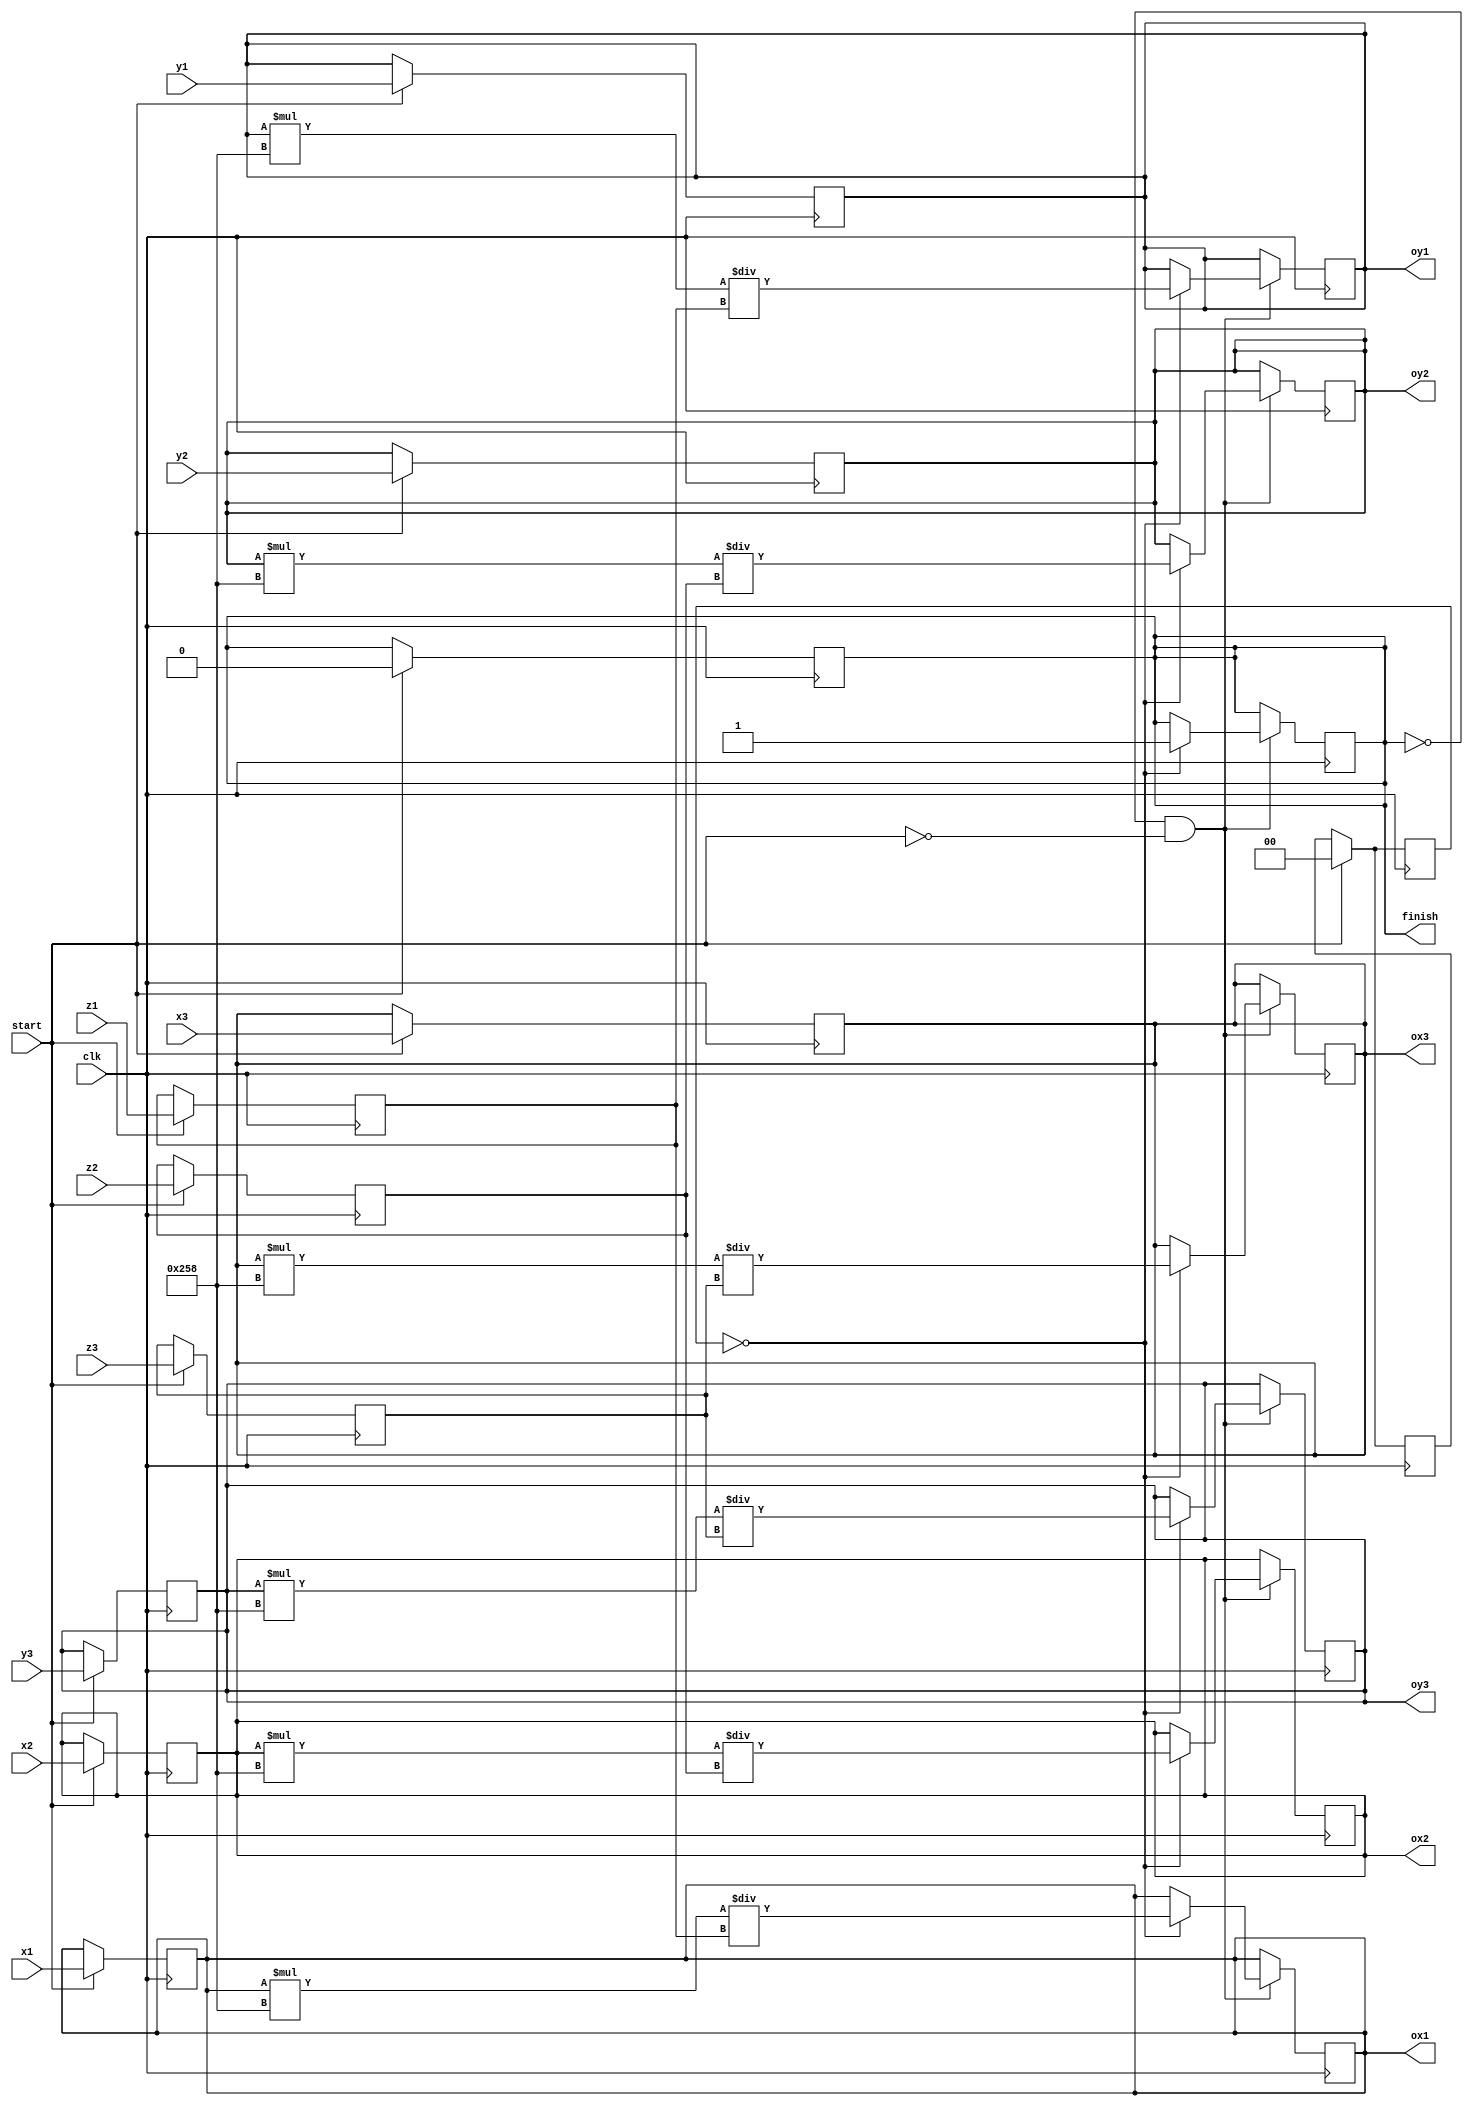
module projection (
    input wire signed [31:0] x1,y1,z1,x2,y2,z2,x3,y3,z3,
    input wire start,
    input wire clk,
    output wire finish,
    output wire signed [31:0]ox1,oy1,ox2,oy2,ox3,oy3
);
reg signed[31:0] D=600; 
reg signed[31:0]X1;
reg signed[31:0]Y1,Z1;
reg signed[31:0]X2;
reg signed[31:0]Y2,Z2;
reg signed[31:0]X3;
reg signed[31:0]Y3,Z3;
reg signed[31:0]temp;
reg [1:0] state_reg,state_next;
reg finish_reg;
always @(posedge clk) 
begin
if(start)
begin
    finish_reg=1'b0;
    state_reg=2'b00;
    state_next=2'b00;
    X1=x1;
    Y1=y1;
    Z1=z1;
    X2=x2;
    Y2=y2;
    Z2=z2;
    X3=x3;
    Y3=y3;
    Z3=z3;
end    
else
begin
state_reg=state_next;
end
end

always @(posedge clk) 
begin
    if(finish_reg==1'b0 & ~start)
    begin
    case (state_reg)
            2'b00: 
            begin
            $display("entering");
            temp=X1*D;
            X1=temp/Z1;
            temp=Y1*D;
            Y1=temp/Z1;

            temp=X2*D;
            X2=temp/Z2;
            temp=Y2*D;
            Y2=temp/Z2;

            temp=X3*D;
            X3=temp/Z3;
            temp=Y3*D;
            Y3=temp/Z3;
           finish_reg=1'b1;  
            end
    endcase            
    end
end
assign finish=finish_reg;
assign ox1=X1;
assign oy1=Y1;
assign ox2=X2;
assign oy2=Y2;
assign ox3=X3;
assign oy3=Y3;
endmodule

`timescale 1ns/1ps
module tb ();
  reg signed [31:0] x1,y1,z1,x2,y2,z2,x3,y3,z3;
  wire signed [31:0]ox1,oy1,ox2,oy2,ox3,oy3;
  reg clk;
  wire finish;
  reg start;

projection uut(.x1(x1), .y1(y1), .z1(z1), .x2(x2), .y2(y2), .z2(z2), .x3(x3), .y3(y3), .z3(z3),
                .ox1(ox1), .oy1(oy1), .ox2(ox2), .oy2(oy2), .ox3(ox3), .oy3(oy3),
                .clk(clk), .start(start), .finish(finish));
always
begin
    clk=~clk;
    #1;
end
initial begin
   clk=1'b0;
   start=1'b1;
   x1=35;
   y1=40;
   z1=800;
   x2=10;
   y2=20;
   z2=650;
   x3=30;
   y3=60;
   z3=1000;
   #2;
   start=1'b0;
   #20;
   $finish;
end
initial begin
   $monitor("x1,y1=[%d,%d]\nx2,y2=[%d,%d]\nx3,y3=[%d,%d]",ox1,oy1,ox2,oy2,ox3,oy3); 
end
endmodule